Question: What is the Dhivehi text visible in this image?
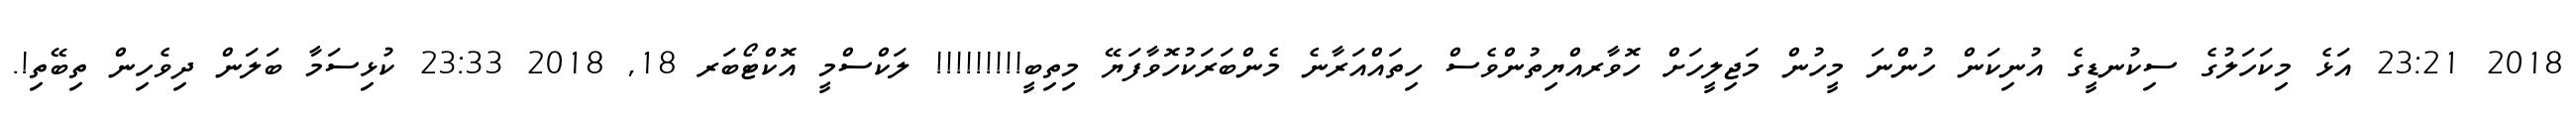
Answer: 2018 23:21 އަޅެ މިކަހަލުގެ ސިކުނޑީގެ އުނިކަން ހުންނަ މީހުން މަޖިލީހަށް ހޮވާރއްޔިތުންވެސް ހިތައްއަރާނެ މެންބަރަކުހޮވާފަޔޭ މިތިބީ!!!!!!!!! ލަކްސްމީ އޮކްޓޯބަރ 18, 2018 23:33 ކުޅިސަމާ ބަލަން ދިވެހިން ތިބޭތި!.